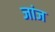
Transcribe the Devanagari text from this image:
जांज